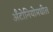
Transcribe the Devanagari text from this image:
अँटोनियोमधील